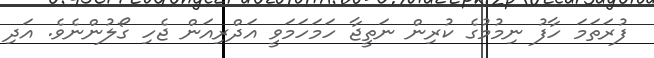
ފުރަަތަމަ ހާފު ނިމުމުގެ ކުރިން ނަތީޖާ ހަމަހަމަވީ އަދްރިއަން ޖެހި ގޯލުންނެވެ. އަދި